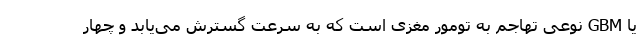
یا GBM نوعی تهاجم به تومور مغزی است که به سرعت گسترش می‌یابد و چهار